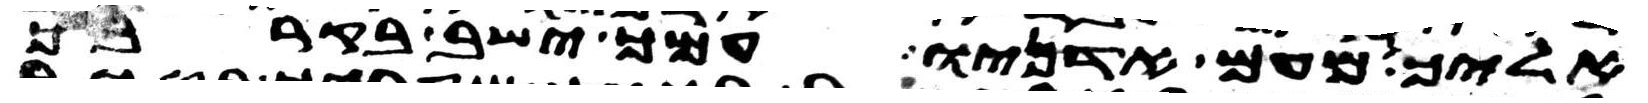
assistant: אליך מעם אדניו עמך ישב בקרבך